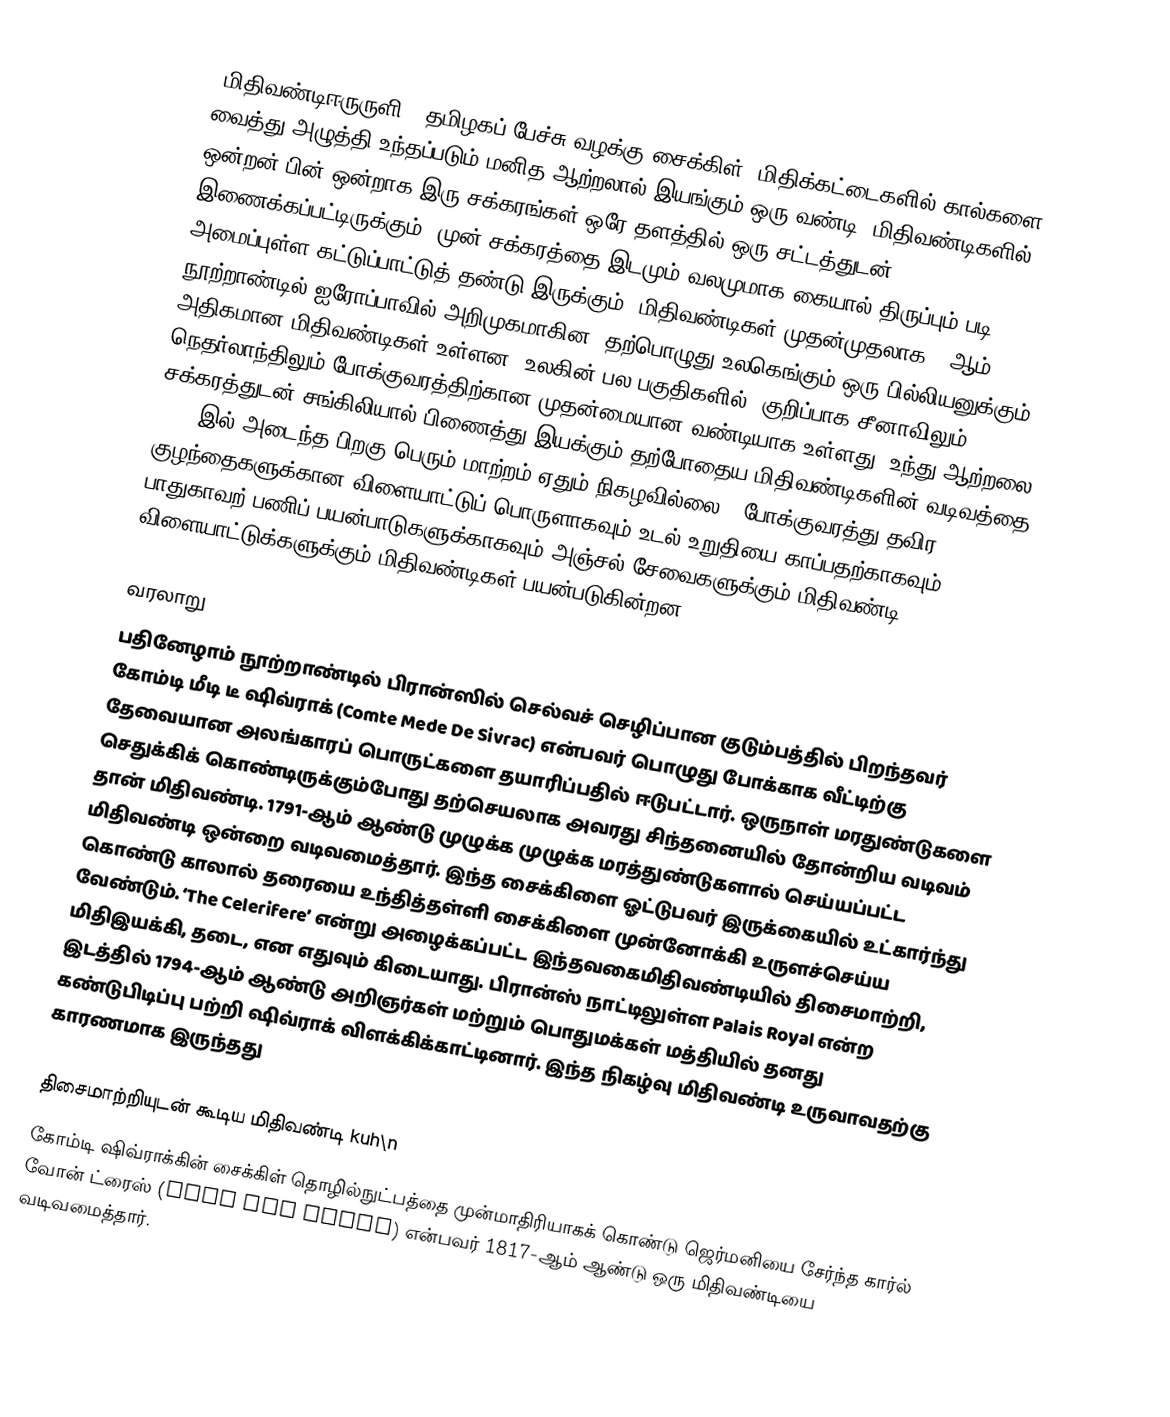
'மிதிவண்டிஈருருளி' (தமிழகப் பேச்சு வழக்கு:சைக்கிள்) மிதிக்கட்டைகளில் கால்களை வைத்து அழுத்தி உந்தப்படும் மனித ஆற்றலால் இயங்கும் ஒரு வண்டி. மிதிவண்டிகளில் ஒன்றன் பின் ஒன்றாக இரு சக்கரங்கள் ஒரே தளத்தில் ஒரு சட்டத்துடன் இணைக்கப்பட்டிருக்கும். முன் சக்கரத்தை இடமும் வலமுமாக கையால் திருப்பும் படி அமைப்புள்ள கட்டுப்பாட்டுத் தண்டு இருக்கும். மிதிவண்டிகள் முதன்முதலாக 19ஆம் நூற்றாண்டில் ஐரோப்பாவில் அறிமுகமாகின. தற்பொழுது உலகெங்கும் ஒரு பில்லியனுக்கும் அதிகமான மிதிவண்டிகள் உள்ளன. உலகின் பல பகுதிகளில், குறிப்பாக சீனாவிலும் நெதர்லாந்திலும் போக்குவரத்திற்கான முதன்மையான வண்டியாக உள்ளது. உந்து ஆற்றலை சக்கரத்துடன் சங்கிலியால் பிணைத்து இயக்கும் தற்போதைய மிதிவண்டிகளின் வடிவத்தை 1885 இல் அடைந்த பிறகு பெரும் மாற்றம் ஏதும் நிகழவில்லை . போக்குவரத்து தவிர, குழந்தைகளுக்கான விளையாட்டுப் பொருளாகவும் உடல் உறுதியை காப்பதற்காகவும் பாதுகாவற் பணிப் பயன்பாடுகளுக்காகவும் அஞ்சல் சேவைகளுக்கும் மிதிவண்டி விளையாட்டுக்களுக்கும் மிதிவண்டிகள் பயன்படுகின்றன.

வரலாறு
பதினேழாம் நூற்றாண்டில் பிரான்ஸில் செல்வச் செழிப்பான குடும்பத்தில் பிறந்தவர் கோம்டி மீடி டீ ஷிவ்ராக் (Comte Mede De Sivrac) என்பவர் பொழுது போக்காக  வீட்டிற்கு தேவையான அலங்காரப் பொருட்களை தயாரிப்பதில் ஈடுபட்டார். ஒருநாள் மரதுண்டுகளை செதுக்கிக் கொண்டிருக்கும்போது தற்செயலாக அவரது சிந்தனையில் தோன்றிய வடிவம் தான் மிதிவண்டி. 1791-ஆம் ஆண்டு முழுக்க முழுக்க மரத்துண்டுகளால் செய்யப்பட்ட மிதிவண்டி ஒன்றை வடிவமைத்தார். இந்த சைக்கிளை ஓட்டுபவர் இருக்கையில் உட்கார்ந்து கொண்டு காலால் தரையை உந்தித்தள்ளி சைக்கிளை முன்னோக்கி உருளச்செய்ய வேண்டும். ‘The Celerifere’ என்று அழைக்கப்பட்ட இந்தவகைமிதிவண்டியில் திசைமாற்றி, மிதிஇயக்கி, தடை, என எதுவும் கிடையாது. பிரான்ஸ் நாட்டிலுள்ள Palais Royal என்ற இடத்தில் 1794-ஆம் ஆண்டு அறிஞர்கள் மற்றும் பொதுமக்கள் மத்தியில் தனது கண்டுபிடிப்பு பற்றி ஷிவ்ராக் விளக்கிக்காட்டினார். இந்த நிகழ்வு மிதிவண்டி உருவாவதற்கு காரணமாக இருந்தது

திசைமாற்றியுடன் கூடிய மிதிவண்டி kuh\n
கோம்டி ஷிவ்ராக்கின் சைக்கிள் தொழில்நுட்பத்தை முன்மாதிரியாகக் கொண்டு ஜெர்மனியை சேர்ந்த கார்ல் வோன் ட்ரைஸ் (Karl Von Drais) என்பவர் 1817-ஆம் ஆண்டு ஒரு மிதிவண்டியை வடிவமைத்தார்.